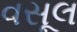
વસૂલ